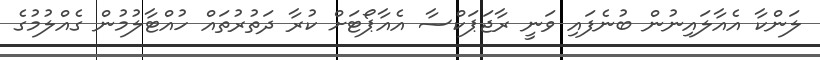
ލަންކާ އެއާލައިނުން ބުނެފައި ވަނީ ރާޖަޕަކްސާ އެއާޕޯޓަށް ކުރާ ދަތުރުތައް ހުއްޓާލުމުން ގެއްލުމުގެ